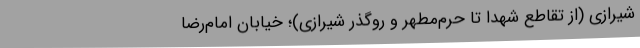
شیرازی (از تقاطع شهدا تا حرم‌مطهر و روگذر شیرازی)؛ خیابان امام‌رضا